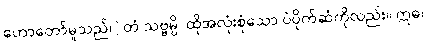
ဟောတော်မူသည်။] တံ သဗ္ဗမ္ပိ၊ ထိုအလုံးစုံသော ပဲပိုက်ဆံကိုလည်း။ ဣဓ၊